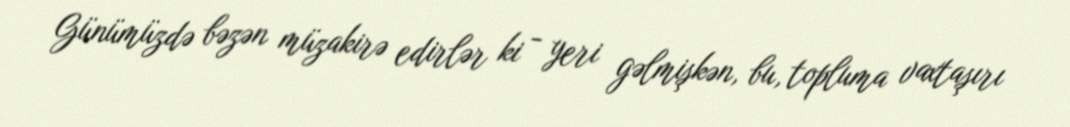
Günümüzdə bəzən müzakirə edirlər ki - yeri gəlmişkən, bu, topluma vaxtaşırı